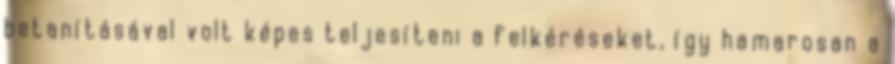
betanításával volt képes teljesíteni a felkéréseket, így hamarosan a